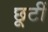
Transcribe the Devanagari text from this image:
छूटीं